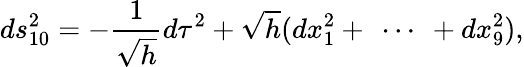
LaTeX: ds_{10}^{2}=-\frac{1}{\sqrt{h}}d\tau^{2}+\sqrt{h}(dx_{1}^{2}+\ \cdots\ +dx_{9}^{2}),